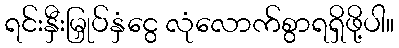
ရင်းနှီးမြှုပ်နှံငွေ လုံလောက်စွာရရှိဖို့ပါ။